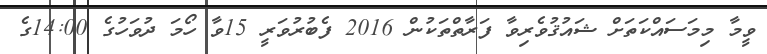
ވީމާ މިމަސައްކަތަށް ޝައުޤުވެރިވާ ފަރާތްތަކުން 2016 ފެބުރުވަރީ 15ވާ ހޯމަ ދުވަހުގެ 14:00ގެ